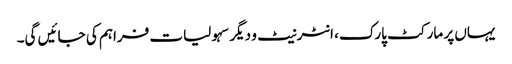
یہاں پر مارکٹ پارک، انٹرنیٹ و دیگر سہولیات فراہم کی جائیں گی۔